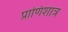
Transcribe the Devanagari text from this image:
प्राणिशात्र